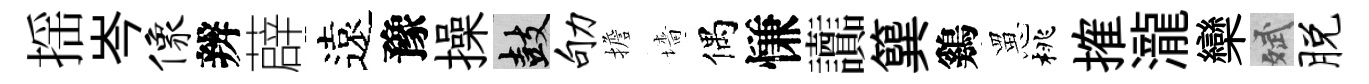
揺岑像辨薜遠豫操鼓劬擔墻偶慊讟簨鷄罳桃搉瀧欒斌脱